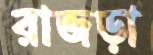
রাজড়া